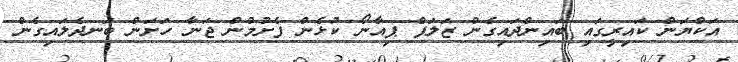
އަކްޔަން ކައިރީގައި ބައިންދައިގެން ޒަލަފް ޕިއާނޯ ކުޅެން ފެށުމުން ޖަނާ ހަށަން ބަނދެލައިގެން